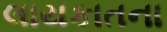
લાયકાતના